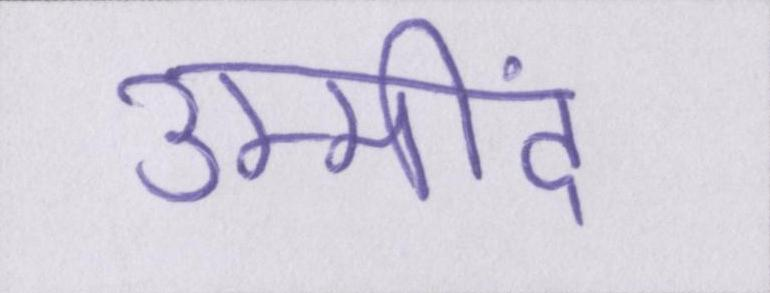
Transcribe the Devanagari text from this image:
उम्मींद